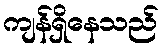
ကျန်ရှိနေသည်